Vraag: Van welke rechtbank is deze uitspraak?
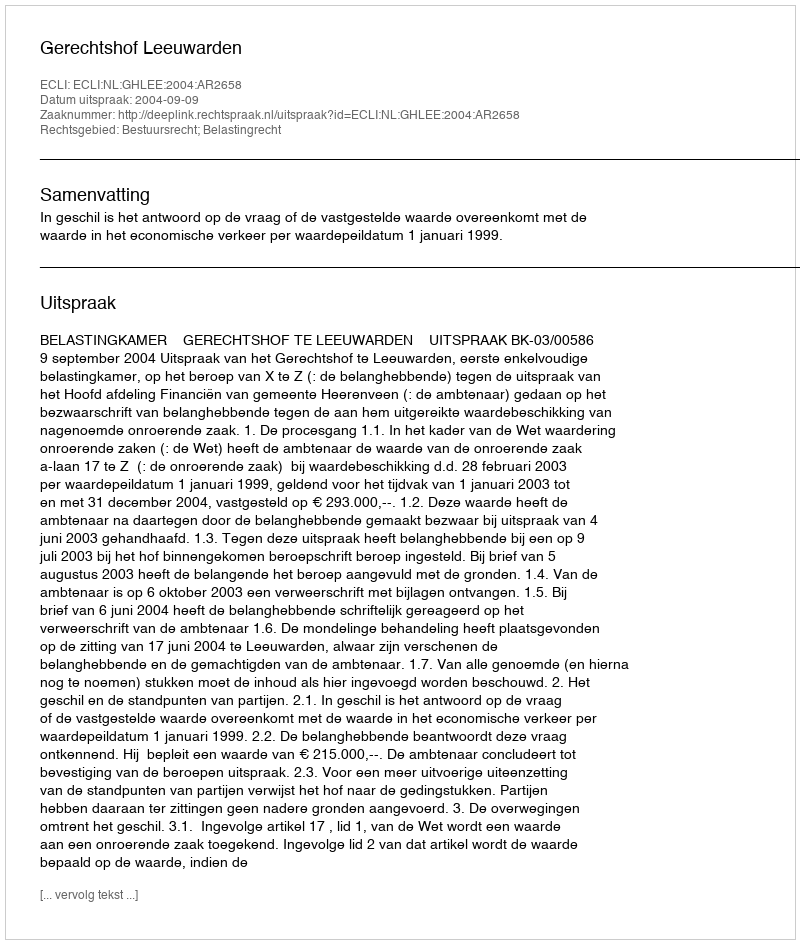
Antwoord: Gerechtshof Leeuwarden